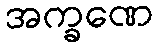
အက္ခဏေ